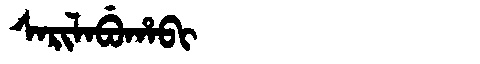
Manchu: ᠰᠠᡵᡳᠯᠠᠪᡠᡥᠠᠪᡳ
Romanization: SARILABUHABI